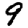
Digit: 9